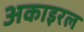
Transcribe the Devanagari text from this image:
अकाइरल